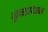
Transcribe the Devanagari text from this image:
नृत्तप्रधान